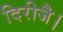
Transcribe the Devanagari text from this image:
दिरीजै।